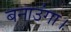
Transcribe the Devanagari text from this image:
बनाउंगा।